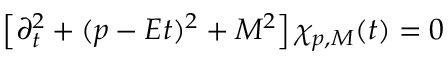
\left[ \partial _ { t } ^ { 2 } + ( p - E t ) ^ { 2 } + M ^ { 2 } \right] \chi _ { p , M } ( t ) = 0